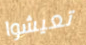
تعيشوا